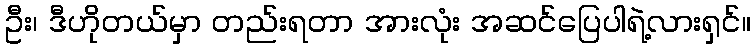
ဦး၊ ဒီဟိုတယ်မှာ တည်းရတာ အားလုံး အဆင်ပြေပါရဲ့လားရှင်။